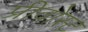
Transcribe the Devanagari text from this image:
प्रीवोस्ट